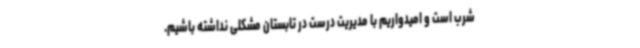
شرب است و امیدواریم با مدیریت درست در تابستان مشکلی نداشته باشیم.